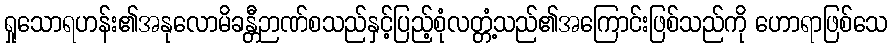
ရှုသောရဟန်း၏အနုလောမိခန္တီဉာဏ်စသည်နှင့်ပြည့်စုံလတ္တံ့သည်၏အကြောင်းဖြစ်သည်ကို ဟောရာဖြစ်သေ